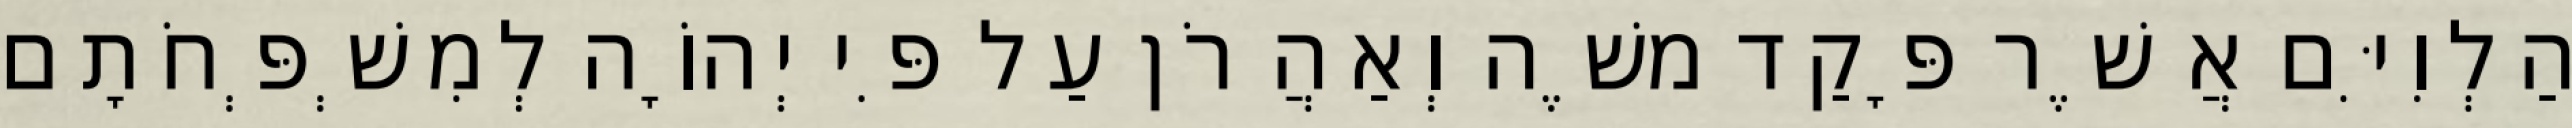
הַלְוִיִּם אֲשֶׁר פָּקַד משֶׁה וְאַהֲרֹן עַל פִּי יְהוָֹה לְמִשְׁפְּחֹתָם